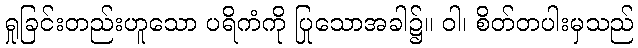
ရှုခြင်းတည်းဟူသော ပရိကံကို ပြုသောအခါ၌။ ဝါ၊ စိတ်တပါးမှသည်